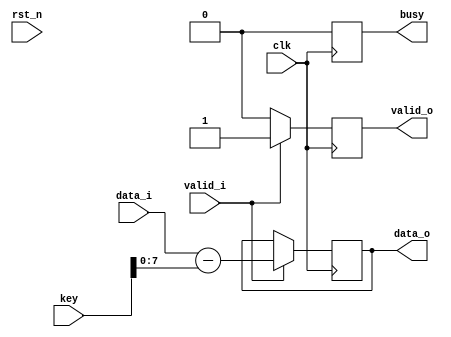
`timescale 1ns / 1ps

module caesar_decryption #(
				parameter D_WIDTH = 8,
				parameter KEY_WIDTH = 16
			)(
			// Clock and reset interface
			input clk,
			input rst_n,
			
			// Input interface
			input[D_WIDTH - 1:0] data_i,
			input valid_i,
			
			// Decryption Key
			input[KEY_WIDTH - 1 : 0] key,
			
			// Output interface
			output reg busy,
			output reg[D_WIDTH - 1:0] data_o,
			output reg valid_o
    );

// TODO: Implement Caesar Decryption here
    always @(posedge clk) begin
        // busy e pus mereu pe 0 la caesar
        busy <= 0;
        // daca se citesc date sunt atribuite imediat iesirii
        // dar decriptate prin scaderea cheii
        if(valid_i != 0) begin
            data_o <= data_i - key;
            // se pune valid_o pe 1 cand se afiseaza caractere
            valid_o <= 1;
        end
        else begin
            // daca nu se ma afiseaza se pune pe 0
            valid_o <= 0;
        end
    end
endmodule